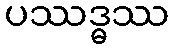
ပဿဒ္ဓဿ